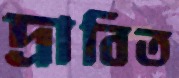
দ্রাবিত